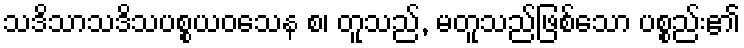
သဒိသာသဒိသပစ္စယဝသေန စ၊ တူသည်, မတူသည်ဖြစ်သော ပစ္စည်း၏